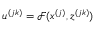
u ^ { ( j k ) } = \mathcal { F } ( \boldsymbol { x } ^ { ( j ) } , z ^ { ( j k ) } )